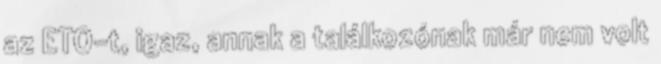
az ETO-t, igaz, annak a találkozónak már nem volt